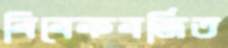
বিবেকবর্জিত